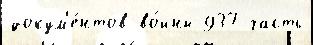
докум'е́нтов во́ины 937 часть